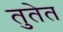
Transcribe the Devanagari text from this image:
तुतेत